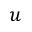
u